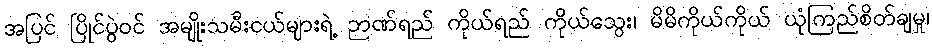
အပြင် ပြိုင်ပွဲဝင် အမျိုးသမီးငယ်များရဲ့ ဉာဏ်ရည် ကိုယ်ရည် ကိုယ်သွေး၊ မိမိကိုယ်ကိုယ် ယုံကြည်စိတ်ချမှု၊